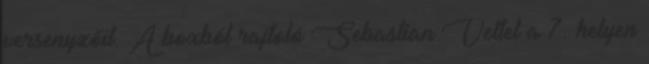
versenyzőit. A boxból rajtoló Sebastian Vettel a 7. helyen